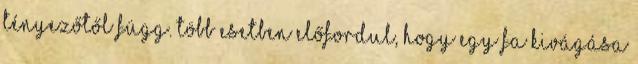
tényezőtől függ. Több esetben előfordul, hogy egy fa kivágása